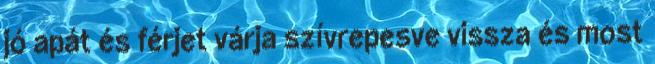
jó apát és férjet várja szívrepesve vissza és most